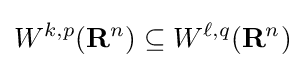
W^{k,p}(\mathbf {R} ^{n})\subseteq W^{\ell ,q}(\mathbf {R} ^{n})